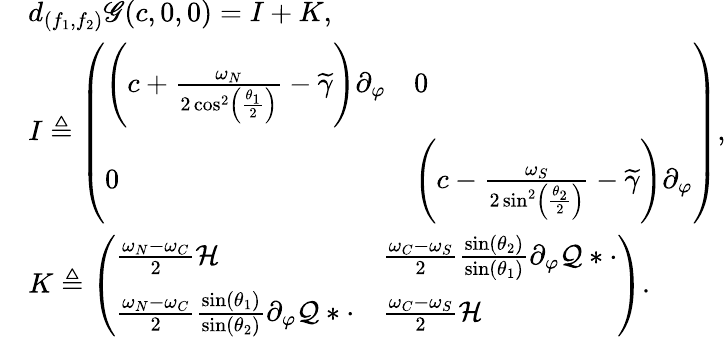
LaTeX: \begin{array}{rl}&{d_{(f_{1},f_{2})}\mathscr{G}(c,0,0)=I+K,}\\ &{I\triangleq\left(\begin{array}{ll}{\left(c+\frac{\omega_{N}}{2\cos^{2}\left(\frac{\theta_{1}}{2}\right)}-\widetilde{\gamma}\right)\partial_{\varphi}}&{0}\\ {0}&{\left(c-\frac{\omega_{S}}{2\sin^{2}\left(\frac{\theta_{2}}{2}\right)}-\widetilde{\gamma}\right)\partial_{\varphi}}\end{array}\right),}\\ &{K\triangleq\left(\begin{array}{ll}{\frac{\omega_{N}-\omega_{C}}{2}\mathcal{H}}&{\frac{\omega_{C}-\omega_{S}}{2}\frac{\sin(\theta_{2})}{\sin(\theta_{1})}\partial_{\varphi}\mathcal{Q}\ast\cdot}\\ {\frac{\omega_{N}-\omega_{C}}{2}\frac{\sin(\theta_{1})}{\sin(\theta_{2})}\partial_{\varphi}\mathcal{Q}\ast\cdot}&{\frac{\omega_{C}-\omega_{S}}{2}\mathcal{H}}\end{array}\right).}\end{array}